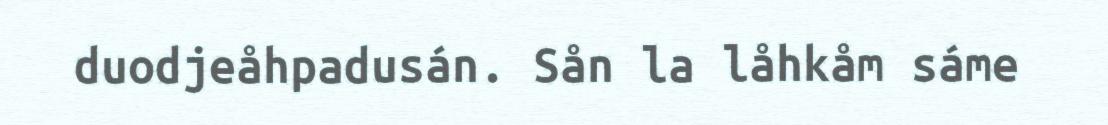
duodjeåhpadusán. Sån la låhkåm sáme